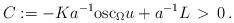
LaTeX: \begin{align*}C:=-Ka^{-1}\mathrm{osc}_{\Omega}u+a^{-1}L\, >\, 0\, .\end{align*}